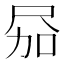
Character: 𪨎